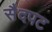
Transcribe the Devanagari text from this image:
सैदपट